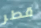
قطر